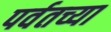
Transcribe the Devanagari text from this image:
पर्वतच्या